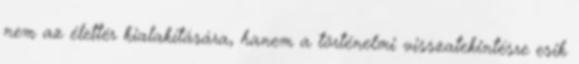
nem az élettér kialakítására, hanem a történelmi visszatekintésre esik